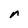
Character: r